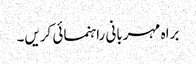
براہ مہربانی راہنمائی کریں۔